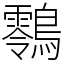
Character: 䴇